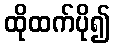
ထိုထက်ပို၍